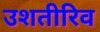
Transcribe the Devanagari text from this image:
उशतीरिव